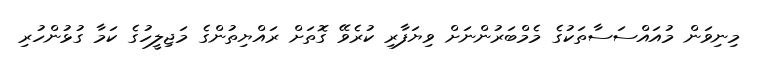
މިނިވަން މުއައްސަސާތަކުގެ މެމްބަރުންނަށް ވިޔަފާރި ކުރެވޭ ގޮތަށް ރައްޔިތުންގެ މަޖިލީހުގެ ކަމާ ގުޅުންހުރި